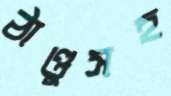
ঠাণ্ডুসহ